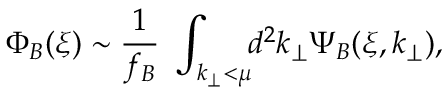
\Phi _ { B } ( \xi ) \sim \frac { 1 } { f _ { B } } \, \, \int _ { k _ { \perp } < \mu } \! \! d ^ { 2 } k _ { \perp } \Psi _ { B } ( \xi , k _ { \perp } ) ,